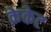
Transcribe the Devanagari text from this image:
क्रेकेट